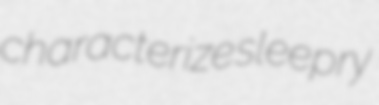
characterize sleepry